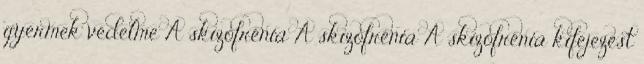
gyermek védelme A skizofrénia A skizofrénia A skizofrénia kifejezést